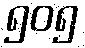
၅၀၅